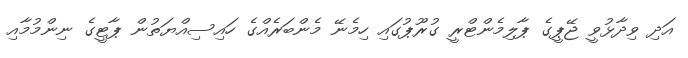
އަދި ވިދާޅުވީ ޖޭޕީގެ ޕާލިމެންޓްރީ ގުރޫޕުގައި ހިމެނޭ މެންބަރެއްގެ ހައިސިއްޔަތުން ޕާޓީގެ ނިންމުމާއި